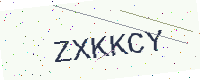
Text: ZXKKCY